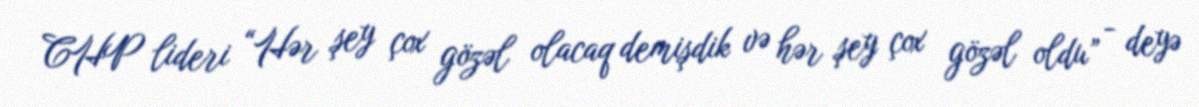
CHP lideri “Hər şey çox gözəl olacaq demişdik və hər şey çox gözəl oldu” - deyə